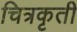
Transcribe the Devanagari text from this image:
चित्रकृती